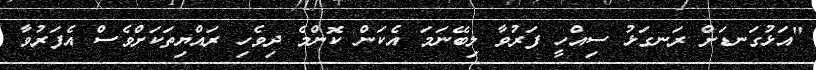
"އަޅުގަނޑަށް ރަނގަޅު ސިއްހީ ފަރުވާ ލިބޭނަމަ އެކަން ކޮންމެ ދިވެހި ރައްޔިތަކަށްވެސް އެފަރުވާ